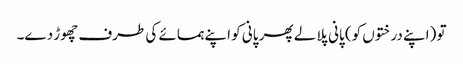
تو (اپنے درختوں کو) پانی پلا لے پھر پانی کو اپنے ہمسائے کی طرف چھوڑ دے۔